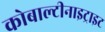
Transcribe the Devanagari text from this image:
कोबाल्टीनाइट्राइट